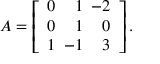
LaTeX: A = \left[ { \begin{array} { r r r } { 0 } & { 1 } & { \! \! \! - 2 } \\ { 0 } & { 1 } & { 0 } \\ { 1 } & { \! \! \! - 1 } & { 3 } \end{array} } \right] .